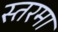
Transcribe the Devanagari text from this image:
स्तरमा